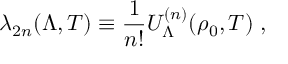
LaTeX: \lambda _ { 2 n } ( \Lambda , T ) \equiv \frac { 1 } { n ! } U _ { \Lambda } ^ { ( n ) } ( \rho _ { 0 } , T ) \; ,